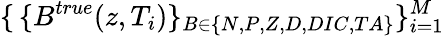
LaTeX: \{ \, \{ B^{true}(z,T_{i})\} _{B\in\{ N,P,Z,D,DIC,TA\} }\} _{i=1}^{M}